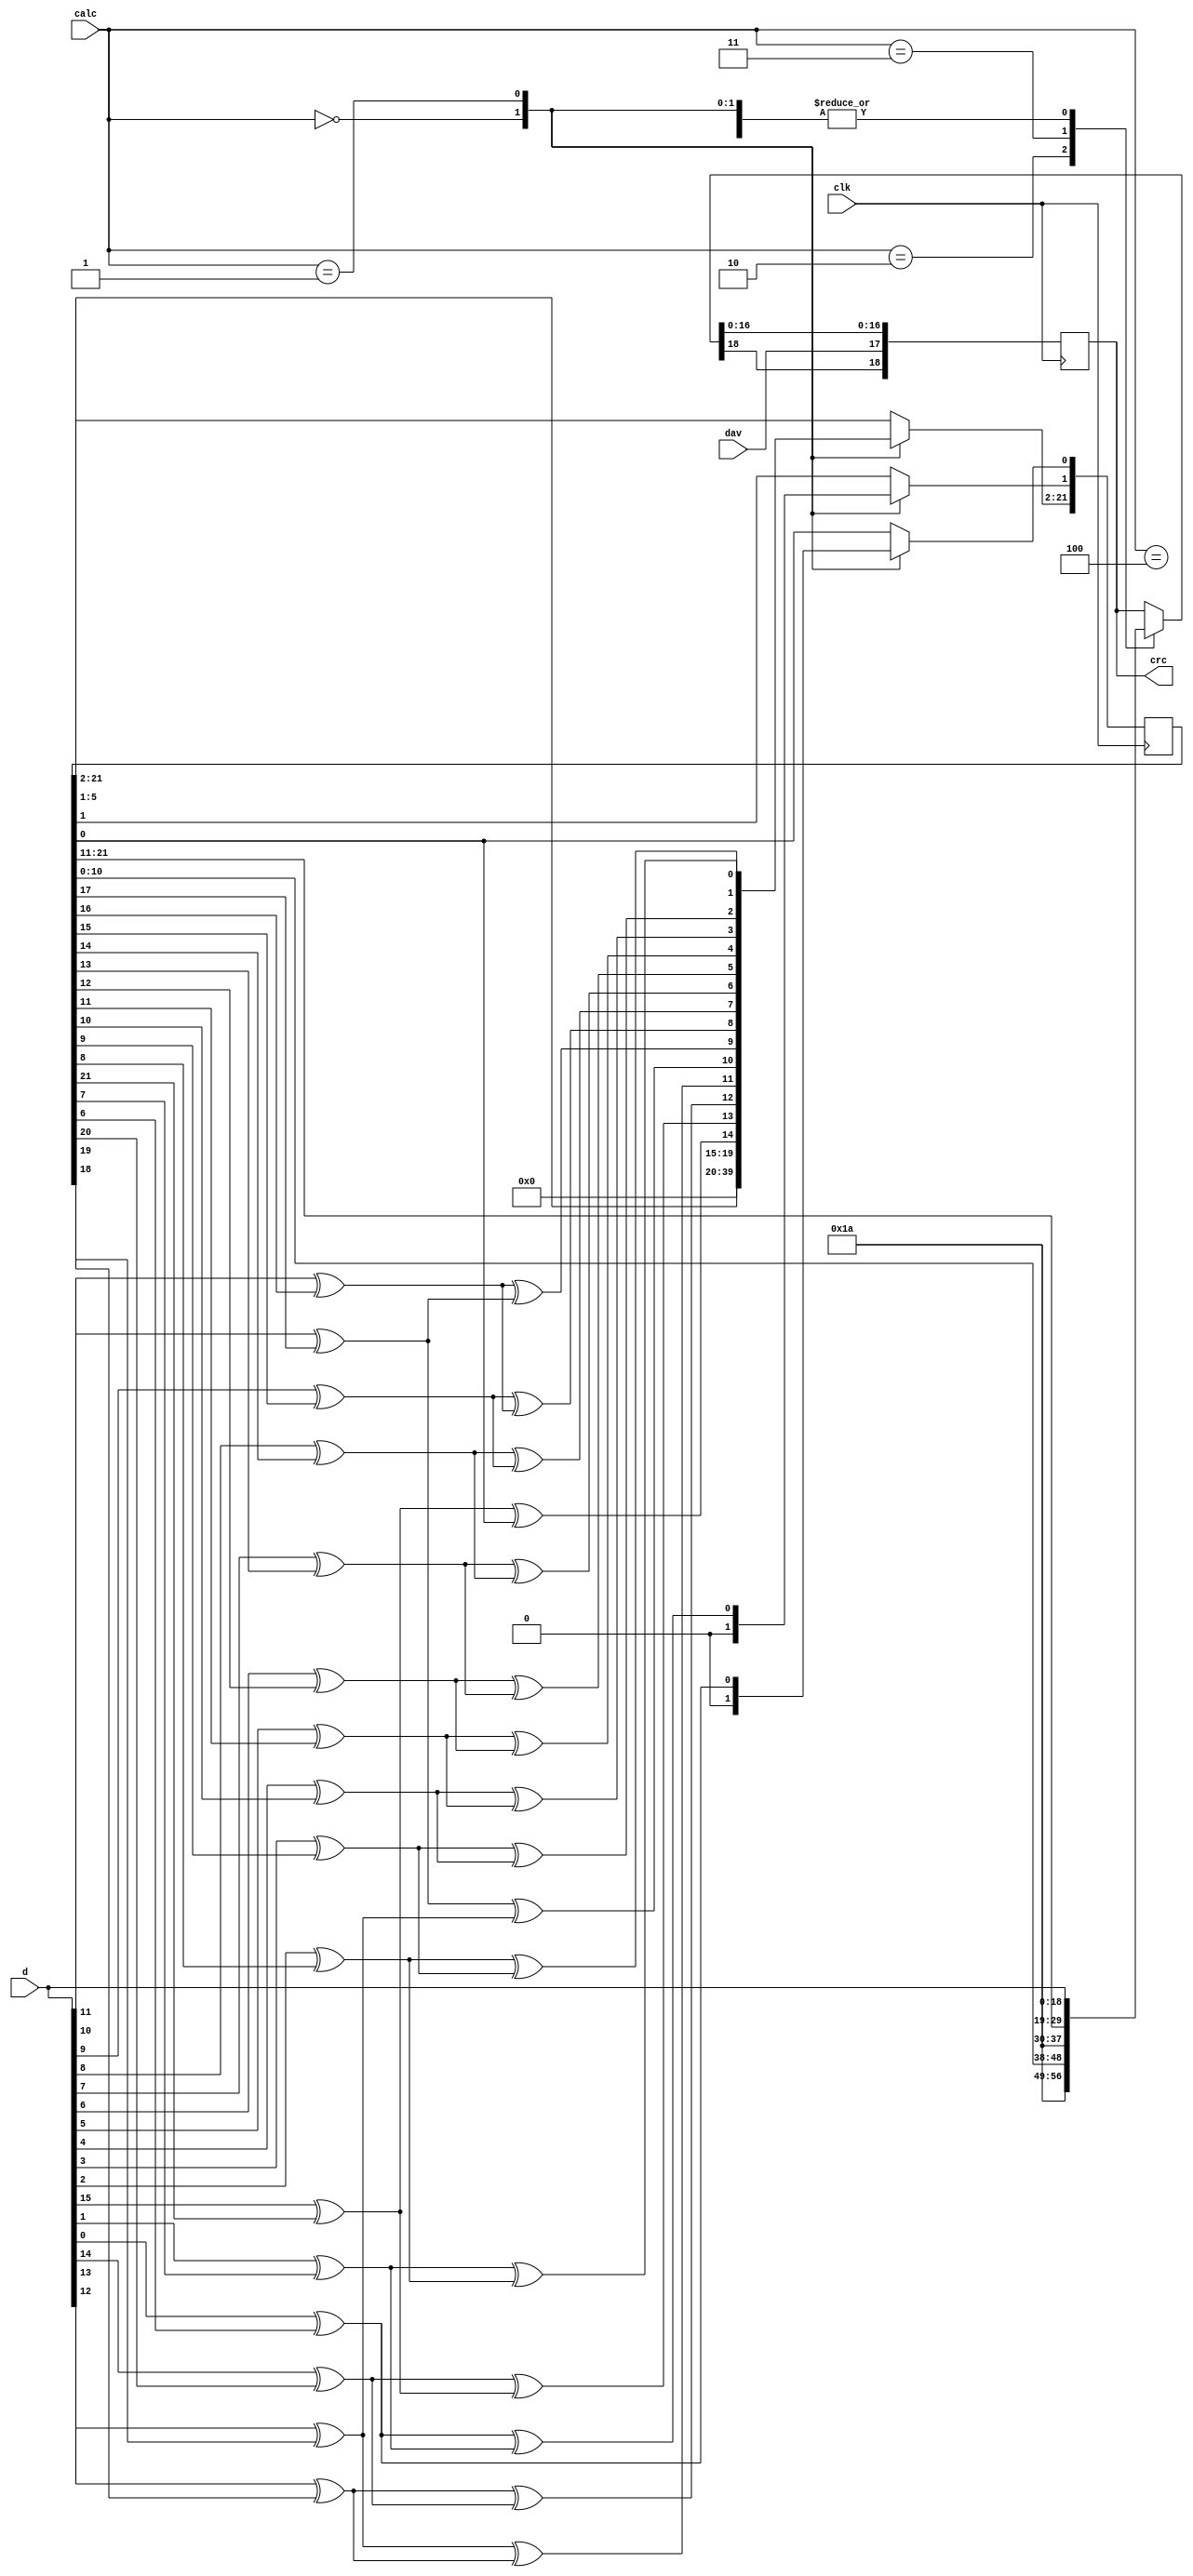
// This  Verilog HDL  source  file was  automatically generated
// by C++ model based on VPP library. Modification of this file
// is possible, but if you want to keep it in sync with the C++
// model,  please  modify  the model and re-generate this file.
// VPP library web-page: http://www.phys.ufl.edu/~madorsky/vpp/

// Timestamp : Thu Jun 13 12:53:26 2013

module crcgen
(
    d,
    crc,
    calc,
    dav,
    clk
);

    input [18:0] d;
    output [18:0] crc;
    reg    [18:0] crc;
    input [2:0] calc;
    input dav;
    input clk;

    reg [21:0] ncrc;
    reg [4:0] i;
    reg t;
    // This module implements CRC generation algorithm
    // with the following parameters:
    // Poly           = 10000000000000000000011
    // Data width     = 16
    // CRC width      = 22
    // CRC init       = 0
    // Data bit first = MSB
    always @(posedge clk) 
    begin
        case (calc)
            0 : 
            begin
                ncrc = 0;
                crc = d;
            end
            1 : 
            begin
                for (i = 16; i > 0; i = i - 1) 
                begin
                    t = d[i - 1] ^ ncrc[21];
                    ncrc[21:2] = ncrc[20:1];
                    ncrc[1] = t ^ ncrc[0];
                    ncrc[0] = t;
                end
                crc = d;
            end
            2 : 
            begin
                crc = {4'hd, 1'b0, ncrc[10:0]};
            end
            3 : 
            begin
                crc = {4'hd, 1'b0, ncrc[21:11]};
            end
            4 : 
            begin
                crc = d;
            end
        endcase
        crc[17] = dav;
    end
endmodule